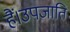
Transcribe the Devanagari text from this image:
हैं।उपजाति